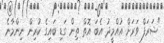
"ޝަރަފް ވަރަށް އުއްމީދު އެބަ އޮތް ތިން ގަޑި ބައިގެ ކުރިން ނިންމާނެ